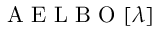
\mathrm { ~ A ~ E ~ L ~ B ~ O ~ } [ \lambda ]